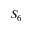
S _ { 6 }